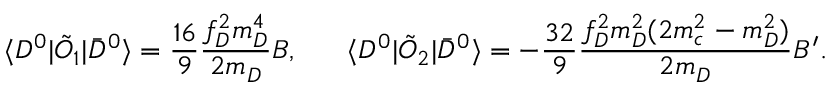
\langle D ^ { 0 } | \tilde { O } _ { 1 } | \bar { D } ^ { 0 } \rangle = \frac { 1 6 } { 9 } \frac { f _ { D } ^ { 2 } m _ { D } ^ { 4 } } { 2 m _ { D } } B , ~ ~ ~ ~ ~ \langle D ^ { 0 } | \tilde { O } _ { 2 } | \bar { D } ^ { 0 } \rangle = - \frac { 3 2 } { 9 } \frac { f _ { D } ^ { 2 } m _ { D } ^ { 2 } ( 2 m _ { c } ^ { 2 } - m _ { D } ^ { 2 } ) } { 2 m _ { D } } B ^ { \prime } .